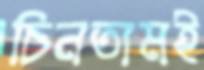
চিনতামই